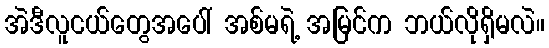
အဲဒီလူငယ်တွေအပေါ် အစ်မရဲ့ အမြင်က ဘယ်လိုရှိမလဲ။